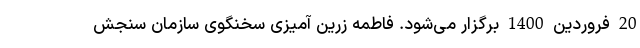
20 فروردین 1400 برگزار می‌شود. فاطمه زرین آمیزی سخنگوی سازمان سنجش